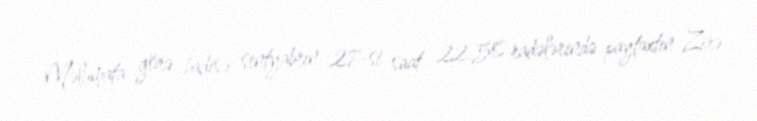
Məlumata görə, hadisə sentyabrın 27-si saat 22:50 radələrində paytaxtın Zirə